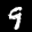
Label: 9